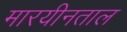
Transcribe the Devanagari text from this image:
मारयीनताल